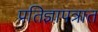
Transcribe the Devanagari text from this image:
प्रतिज्ञापत्रात